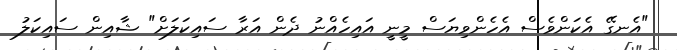
"އެނގޭ އެކަންވެސް އެހެންވިޔަސް މީނީ އައިހެއްނު ދެން އަރާ ސައިކަލަށް" ޝާއިން ސައިކަލު